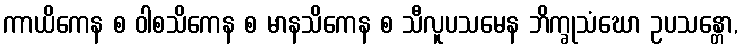
ကာယိကေန စ ဝါစသိကေန စ မာနသိကေန စ သီလူပသမေန ဘိက္ခုသံဃော ဥပသန္တော,